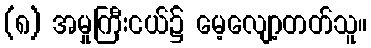
(၈) အမှုကြီးငယ်၌ မေ့လျော့တတ်သူ။